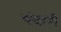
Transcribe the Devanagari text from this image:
पंचानी